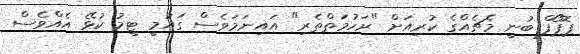
ޕޮޕޯފް ބުނީ މެޗެއްގެ ކުރިއަށް "ރަހުމަތްތެރި" އައިނަމަވެސް ގައުމީ ޓީމު ކުޅޭ އެއްވެސް